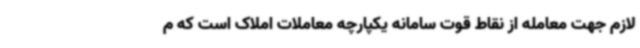
لازم جهت معامله از نقاط قوت سامانه یکپارچه معاملات املاک است که م